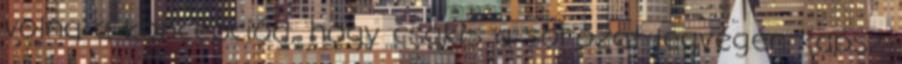
volna a koncepciód, hogy csakis a sorozat legvégén kapsz